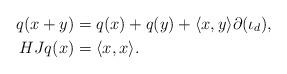
LaTeX: \begin{align*} q(x+y) & = q(x) + q(y) + \langle x,y\rangle \partial(\iota_d), \\HJ q(x) & = \langle x,x\rangle. \end{align*}